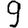
Digit: 9